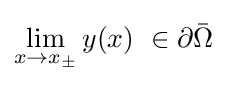
\lim _{x\to x_{\pm }}y(x)\ \in \partial {\bar {\Omega }}